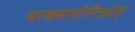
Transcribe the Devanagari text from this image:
माक्सतीरिओट्